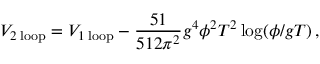
V _ { 2 \mathrm { \; l o o p } } = V _ { 1 \mathrm { \; l o o p } } - \frac { 5 1 } { 5 1 2 \pi ^ { 2 } } g ^ { 4 } \phi ^ { 2 } T ^ { 2 } \log ( \phi / g T ) \, ,